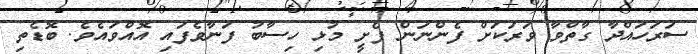
ސަރަހައްދާ ގާތްވާ ވަރަކަށް ފެންނަން ފެށީ މުޅި ހިސާބު ފަނާވެފައި އޮއްވައެވެ. ބޮޑެތި